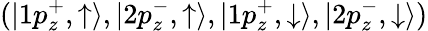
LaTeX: (|1p_{z}^{+},\uparrow\rangle,|2p_{z}^{-},\uparrow\rangle,|1p_{z}^{+},\downarrow\rangle,|2p_{z}^{-},\downarrow\rangle)